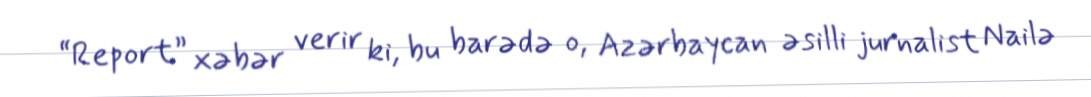
“Report” xəbər verir ki, bu barədə o, Azərbaycan əsilli jurnalist Nailə